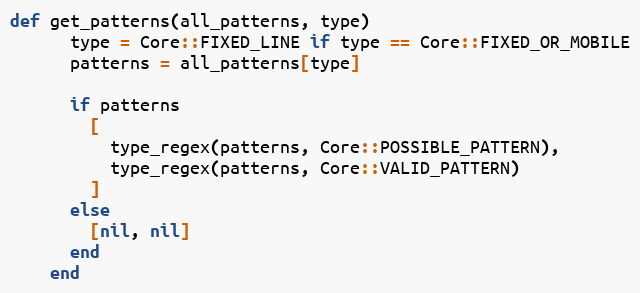
Language: Ruby
def get_patterns(all_patterns, type)
      type = Core::FIXED_LINE if type == Core::FIXED_OR_MOBILE
      patterns = all_patterns[type]

      if patterns
        [
          type_regex(patterns, Core::POSSIBLE_PATTERN),
          type_regex(patterns, Core::VALID_PATTERN)
        ]
      else
        [nil, nil]
      end
    end